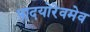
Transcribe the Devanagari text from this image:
पादयोरेवमेव